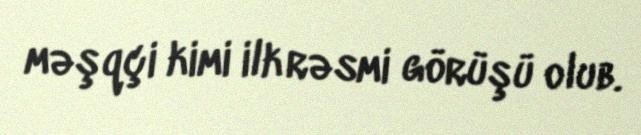
məşqçi kimi ilk rəsmi görüşü olub.